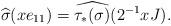
LaTeX: \begin{align*}\widehat{\sigma}(x e_{11})=\widehat{\tau_{*}(\sigma)} (2^{-1} x J).\end{align*}